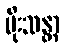
မိုးသန္တာ